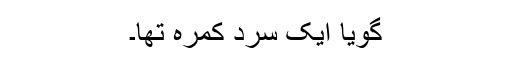
گویا ایک سرد کمرہ تھا۔